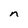
Character: n